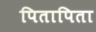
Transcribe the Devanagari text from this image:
पितापिता